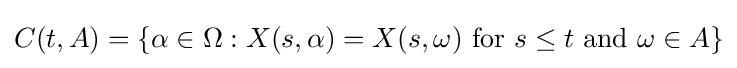
C(t,A)=\{\alpha \in \Omega :X(s,\alpha )=X(s,\omega ){\text{ for }}s\leq t{\text{ and }}\omega \in A\}